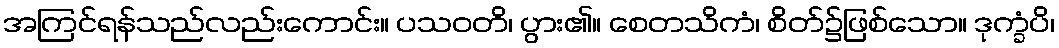
အကြင်ရန်သည်လည်းကောင်း။ ပသဝတိ၊ ပွား၏။ စေတသိကံ၊ စိတ်၌ဖြစ်သော။ ဒုက္ခံပိ၊